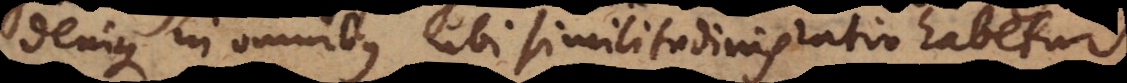
denique in omnibus ubi similitudinis ratio habetur